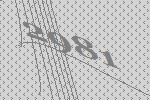
2981